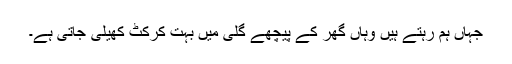
جہاں ہم رہتے ہیں وہاں گھر کے پیچھے گلی میں بہت کرکٹ کھیلی جاتی ہے۔